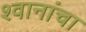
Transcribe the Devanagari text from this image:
श्वानांचा